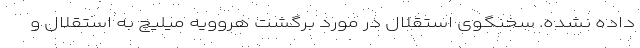
داده نشده. سخنگوی استقلال در مورد برگشت هروویه میلیچ به استقلال و